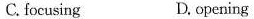
C.focusing D, opening